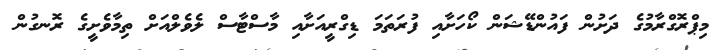
މިޕްރޮގްރާމުގެ ދަށުން ފައުންޑޭޝަން ކޯހަށާއި ފުރަތަމަ ޑިގްރީއަށާއި މާސްޓާސް ލެވެލްއަށް ތިމާވެށީގެ ރޮނގުން